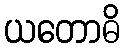
ယတောဓိ